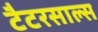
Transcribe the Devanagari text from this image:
टैटरसाल्स